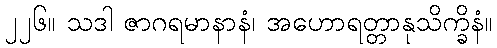
၂၂၆။ သဒါ ဇာဂရမာနာနံ၊ အဟောရတ္တာနုသိက္ခိနံ။